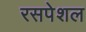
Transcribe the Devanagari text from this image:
रसपेशल